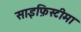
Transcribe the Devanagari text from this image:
साइफ़िस्टीमा